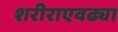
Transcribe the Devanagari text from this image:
शरीराएवढ्या